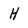
Character: H